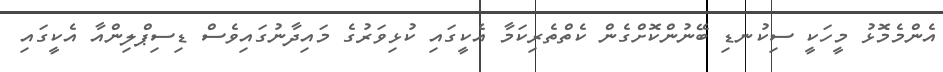
އެންމެމޮޅު މީހަކީ ސިކުނޑި ބޭނުންކޮށްގެން ކެތްތެރިކަމާ އެކީގައި ކުޅިވަރުގެ މައިދާނުގައިވެސް ޑިސިޕްލިންއާ އެކީގައި